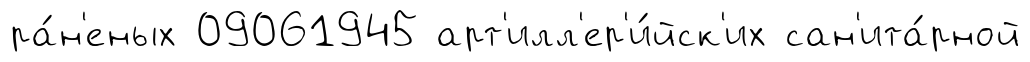
ра́н'еных 09061945 арт'илл'ер'и́йск'их сан'ита́рной